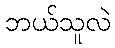
ဘယ်သူလဲ